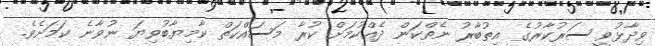
ވިދާޅުވީ ސަރުކާރުގެ އިތުބާރު ނެތްކަން ދެއްކުމަށް ކުރާ މަސައްކަތް ކާމިޔާބުވިޔަ ނުވާނެ ކަމަށެވެ.